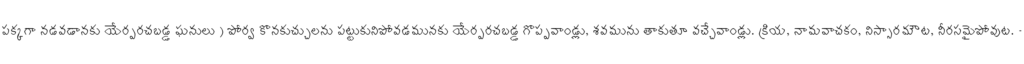
పక్కగా నడవడానకు యేర్పరచబడ్డ ఘనులు ) పోర్వ కొనకుచ్చులను పట్టుకునిపోవడమునకు యేర్పరచబడ్డ గొప్పవాండ్లు, శవమును తాకుతూ వచ్చేవాండ్లు. క్రియ, నామవాచకం, నిస్సారమౌట, నీరసమైపోవుట. -